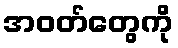
အဝတ်တွေကို